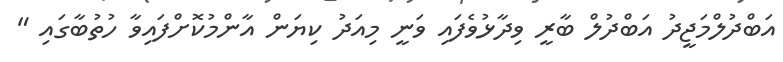
އަބްދުލްމަޖީދު އަބްދުލް ބާރީ ވިދާޅުވެފައި ވަނީ މިއަދު ކިޔަން އާންމުކޮށްފައިވާ ހުތުބާގައި "